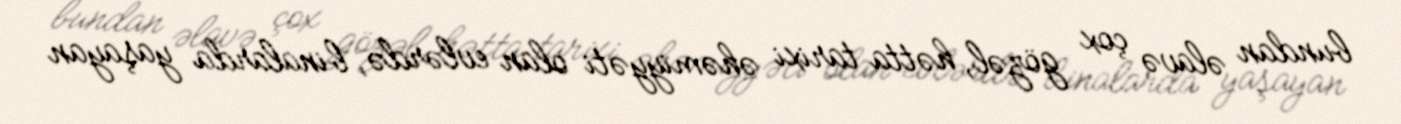
bundan əlavə çox gözəl, hətta tarixi əhəmiyyəti olan evlərdə, binalarda yaşayan